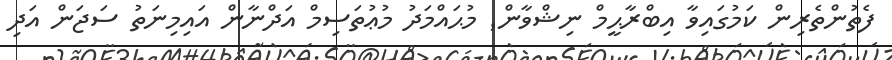
ފެތުންތެރިން ކަމުގައިވާ އިބްރާޙީމް ނިޝްވާން